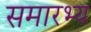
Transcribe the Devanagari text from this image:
समारभ्य